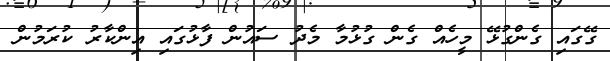
ގޭގައި ގެންގުޅޭ މީހެއް ގެން ގުޅުމާ މެދު ސައުން ފާޅުގައި އިންކާރު ކުރަމުން